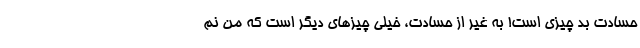
حسادت بد چیزی است! به غیر از حسادت، خیلی چیزهای دیگر است که من نم